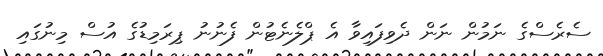
ސެރެސްގެ ނަމުން ނަން ދެވިފައިވާ އެ ޕްލެނެޓުން ފެނުނު ޕިރަމިޑުގެ އުސް މިނުގައި